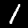
Label: 1